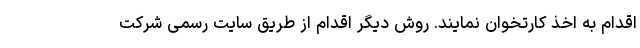
اقدام به اخذ کارتخوان نمایند. روش دیگر اقدام از طریق سایت رسمی شرکت